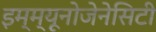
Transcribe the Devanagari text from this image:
इम्म्यूनोजेनेसिटी